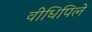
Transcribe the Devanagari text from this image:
वीधिपिले